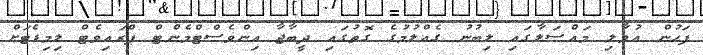
ފަހުން އުވާލި މައްސަލާގައި ލިބުނު ގެއްލުމުގެ ގޮތުގައި ދީބާޖާ އިންވެސްޓްމެންޓް ޕްރައިވެޓް ލިމިޑެޓަށް